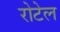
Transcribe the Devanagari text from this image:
रोटेल